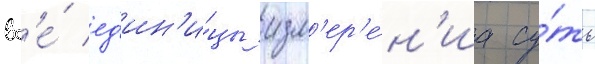
вс'е́ ед'ин'и́цы изм'ер'е́н'иа су́ть